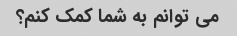
می توانم به شما کمک کنم؟